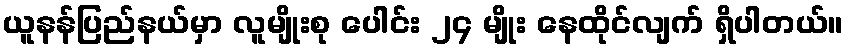
ယူနန်ပြည်နယ်မှာ လူမျိုးစု ပေါင်း ၂၄ မျိုး နေထိုင်လျက် ရှိပါတယ်။